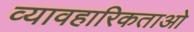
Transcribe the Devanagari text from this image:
व्यावहारिकताओ